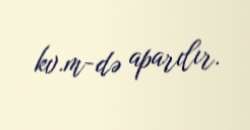
kv.m-də aparılır.